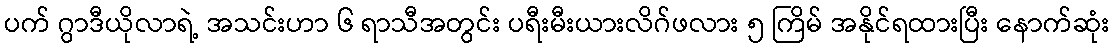
ပက် ဂွာဒီယိုလာရဲ့ အသင်းဟာ ၆ ရာသီအတွင်း ပရီးမီးယားလိဂ်ဖလား ၅ ကြိမ် အနိုင်ရထားပြီး နောက်ဆုံး